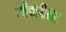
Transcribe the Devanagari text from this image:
लैकोटा